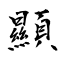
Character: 顯